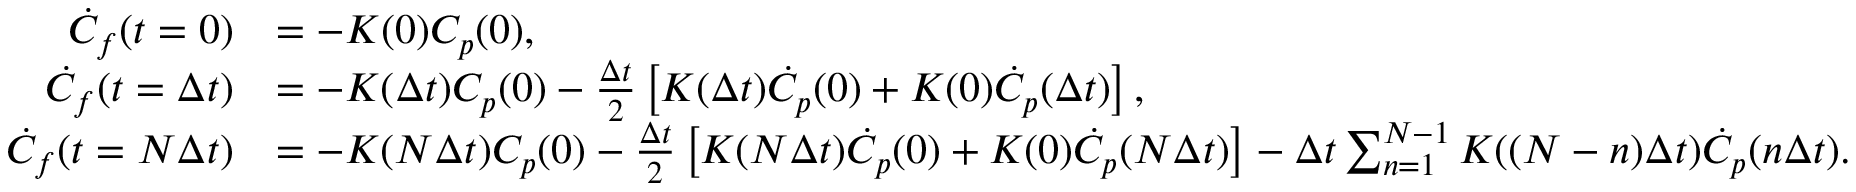
\begin{array} { r l } { \dot { C } _ { f } ( t = 0 ) } & { = - K ( 0 ) C _ { p } ( 0 ) , } \\ { \dot { C } _ { f } ( t = \Delta t ) } & { = - K ( \Delta t ) C _ { p } ( 0 ) - \frac { \Delta t } { 2 } \left[ K ( \Delta t ) \dot { C } _ { p } ( 0 ) + K ( 0 ) \dot { C } _ { p } ( \Delta t ) \right] , } \\ { \dot { C } _ { f } ( t = N \Delta t ) } & { = - K ( N \Delta t ) C _ { p } ( 0 ) - \frac { \Delta t } { 2 } \left[ K ( N \Delta t ) \dot { C } _ { p } ( 0 ) + K ( 0 ) \dot { C } _ { p } ( N \Delta t ) \right] - \Delta t \sum _ { n = 1 } ^ { N - 1 } K ( ( N - n ) \Delta t ) \dot { C } _ { p } ( n \Delta t ) . } \end{array}